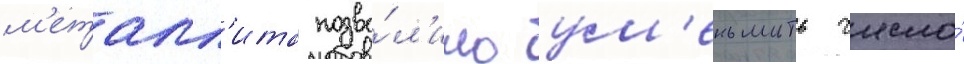
м'еталл'ита позво́л'ило ум'еньшить число́